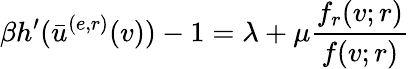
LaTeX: \beta h^{\prime}(\bar{u}^{(e,r)}(v))-1=\lambda+\mu\frac{f_{r}(v;r)}{f(v;r)}